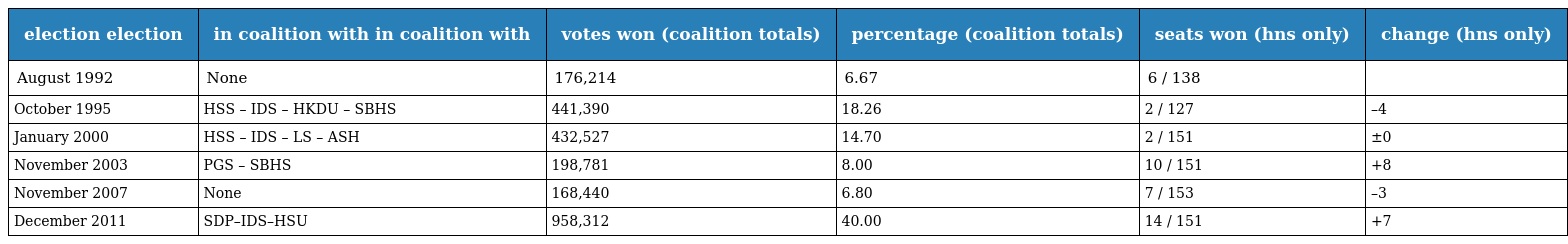
| election election | in coalition with in coalition with | votes won (coalition totals) | percentage (coalition totals) | seats won (hns only) | change (hns only) |
 | --- | --- | --- | --- | --- | --- |
 | August 1992 | None | 176,214 | 6.67 | 6 / 138 |  |
 | October 1995 | HSS – IDS – HKDU – SBHS | 441,390 | 18.26 | 2 / 127 | –4 |
 | January 2000 | HSS – IDS – LS – ASH | 432,527 | 14.70 | 2 / 151 | ±0 |
 | November 2003 | PGS – SBHS | 198,781 | 8.00 | 10 / 151 | +8 |
 | November 2007 | None | 168,440 | 6.80 | 7 / 153 | –3 |
 | December 2011 | SDP–IDS–HSU | 958,312 | 40.00 | 14 / 151 | +7 |